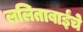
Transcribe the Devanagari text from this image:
ललिताबाईंचे